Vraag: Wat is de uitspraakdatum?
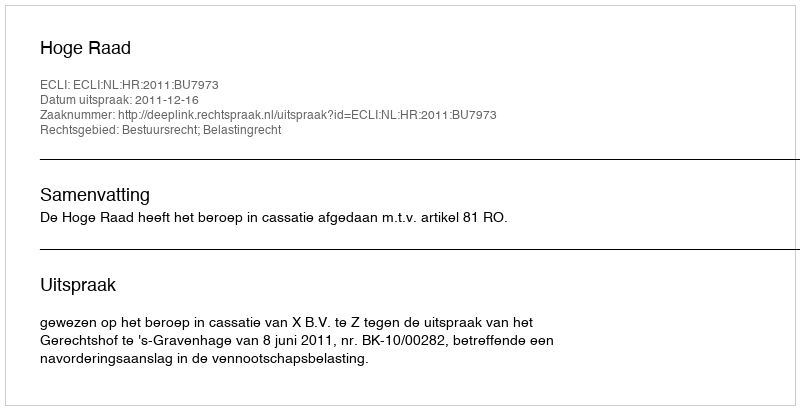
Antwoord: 2011-12-16